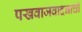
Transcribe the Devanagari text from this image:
पखवाजवादनाची